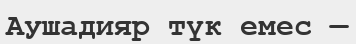
Аушадияр түк емес —